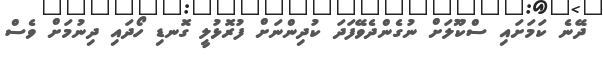
ދޭނެ ކަމަށައި ސްކޫލަށް ނުގެންދެވޭފަދަ ކުދިންނަށް ފުރޮޅުލީ ގޮނޑި ހޯދައި ދިނުމަށް ވެސް